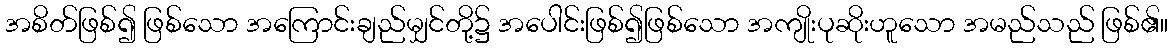
အစိတ်ဖြစ်၍ ဖြစ်သော အကြောင်းချည်မျှင်တို့၌ အပေါင်းဖြစ်၍ဖြစ်သော အကျိုးပုဆိုးဟူသော အမည်သည် ဖြစ်၏။